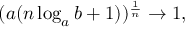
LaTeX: ( a ( n \log _ { a } b + 1 ) ) ^ { \frac { 1 } { n } } \to 1 ,